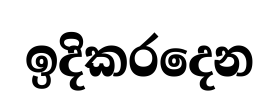
ඉදිකරදෙන